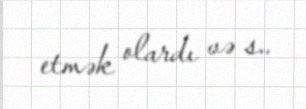
etmək olardı və s..